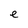
Character: e